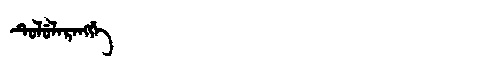
Manchu: ᡨᡠᠯᡠᠯᠠᡵᠠᠩᡤᡝ
Romanization: TULULARANGGE